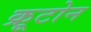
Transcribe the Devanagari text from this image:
क्रूटोन